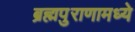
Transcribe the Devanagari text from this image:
ब्रह्मपुराणामध्ये